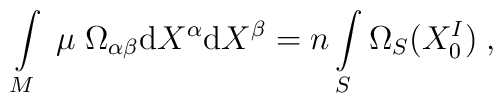
\int\limits_{M}\;\mu\;\Omega_{\alpha\beta}{\rm d}X^{\alpha}{\rm d}X^{\beta}=n\int\limits_{S}\Omega_{S}(X^I_0)\;,